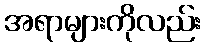
အရာများကိုလည်း